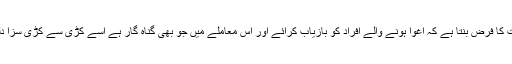
حکومت کا فرض بنتا ہے کہ اغوا ہونے والے افراد کو بازیاب کرائے اور اس معاملے میں جو بھی گناہ گار ہے اسے کڑی سے کڑی سزا دلوائے ۔